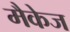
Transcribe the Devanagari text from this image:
मैकेज